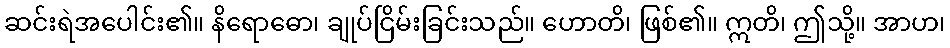
ဆင်းရဲအပေါင်း၏။ နိရောဓော၊ ချုပ်ငြိမ်းခြင်းသည်။ ဟောတိ၊ ဖြစ်၏။ ဣတိ၊ ဤသို့။ အာဟ၊